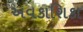
અવકાશિકા